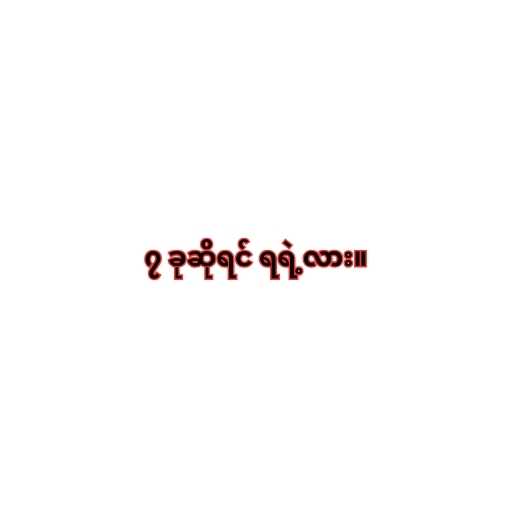
၇ ခုဆိုရင် ရရဲ့လား။